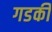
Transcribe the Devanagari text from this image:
गडकी